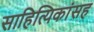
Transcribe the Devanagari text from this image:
साहित्यिकांसह